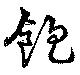
飽